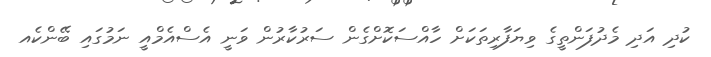
ކުދި އަދި މެދުފަންތީގެ ވިޔަފާރިތަކަށް ހާއްސަކޮށްގެން ސަރުކާރުން ވަނީ އެސްއެމްއީ ނަމުގައި ބޭންކެއ